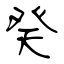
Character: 癸